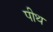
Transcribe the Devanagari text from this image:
पीथ